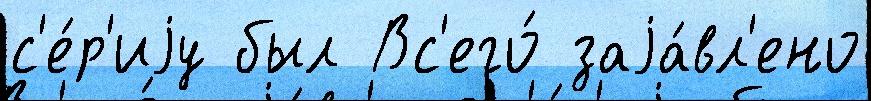
с'е́р'иjу был Вс'его́ заjа́вл'ено